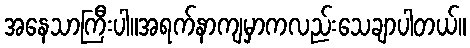
အနေသာကြီးပါ။အရက်နာကျမှာကလည်းသေချာပါတယ်။